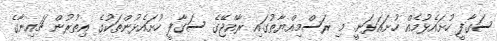
ސަގާފީ ހުށައެޅުމެއް ހުށައަޅަނީ. މި ރަސްމިއްޔާތުގައި ރާއްޖޭގެ ސަގާފީ ހުށައެޅުންތަކުގެ އިތުރުން ޗައިނާގެ